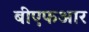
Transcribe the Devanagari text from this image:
बीएफआर